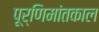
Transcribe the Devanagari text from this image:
पूर्णिमांतकाल